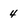
Character: 4